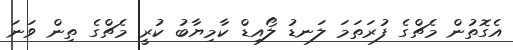
އެގޮތުން މެޗްގެ ފުރަތަމަ ލަނޑު ލޯއިޑް ކާމިޔާބު ކުރީ މެޗްގެ ތިން ވަނަ